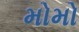
મોમો